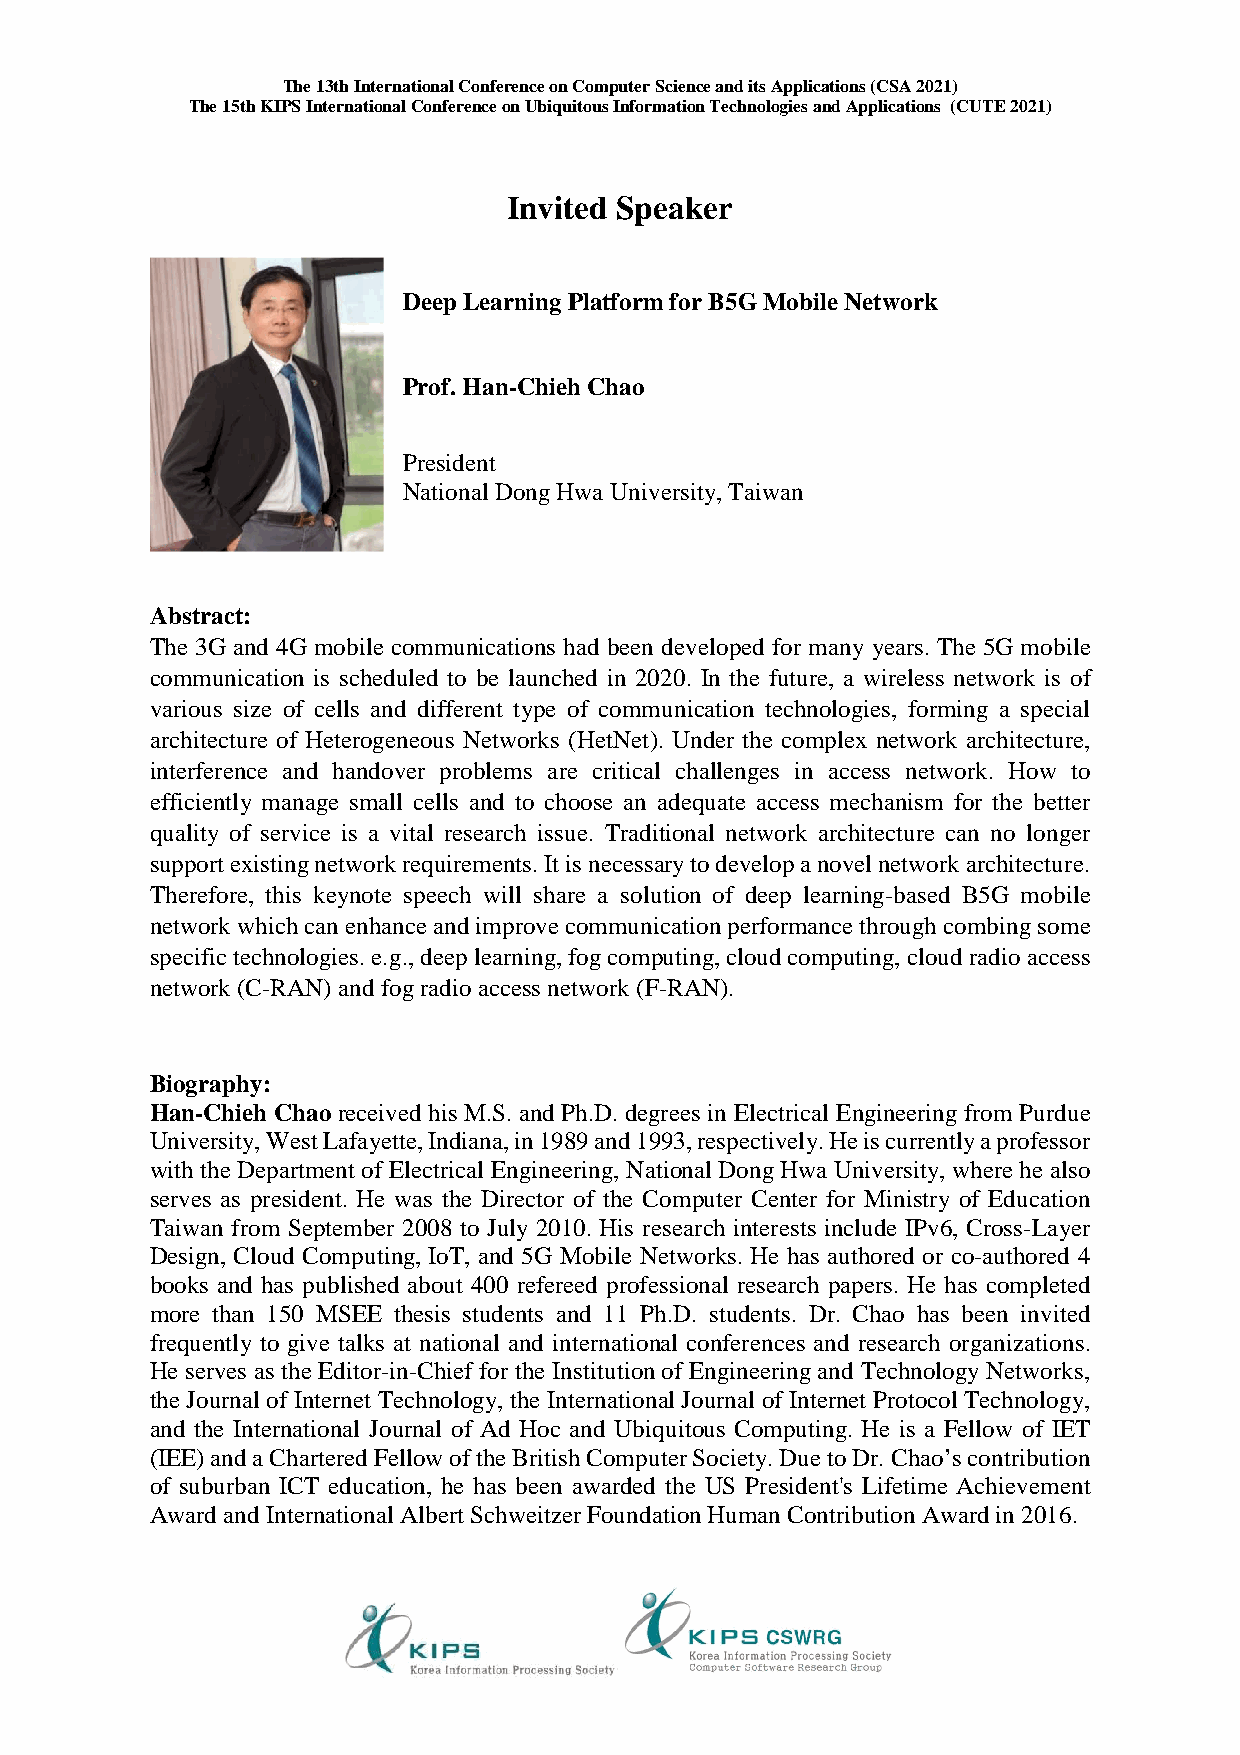
The 13th International Conference on Computer Science and its Applications (CSA 2021)
 The 15th KIPS International Conference on Ubiquitous Information Technologies and Applications (CUTE 2021)
 Invited Speaker
 Deep Learning Platform for B5G Mobile Network
 Prof. Han-Chieh Chao
 President
 National Dong Hwa University, Taiwan
 Abstract:
 The 3G and 4G mobile communications had been developed for many years. The 5G mobile
 communication is scheduled to be launched in 2020. In the future, a wireless network is of
 various size of cells and different type of communication technologies, forming a special
 architecture of Heterogeneous Networks (HetNet). Under the complex network architecture,
 interference and handover problems are critical challenges in access network. How to
 efficiently manage small cells and to choose an adequate access mechanism for the better
 quality of service is a vital research issue. Traditional network architecture can no longer
 support existing network requirements. It is necessary to develop a novel network architecture.
 Therefore, this keynote speech will share a solution of deep learning-based B5G mobile
 network which can enhance and improve communication performance through combing some
 specific technologies. e.g., deep learning, fog computing, cloud computing, cloud radio access
 network (C-RAN) and fog radio access network (F-RAN).
 Biography:
 Han-Chieh Chao received his M.S. and Ph.D. degrees in Electrical Engineering from Purdue
 University, West Lafayette, Indiana, in 1989 and 1993, respectively. He is currently a professor
 with the Department of Electrical Engineering, National Dong Hwa University, where he also
 serves as president. He was the Director of the Computer Center for Ministry of Education
 Taiwan from September 2008 to July 2010. His research interests include IPv6, Cross-Layer
 Design, Cloud Computing, IoT, and 5G Mobile Networks. He has authored or co-authored 4
 books and has published about 400 refereed professional research papers. He has completed
 more than 150 MSEE thesis students and 11 Ph.D. students. Dr. Chao has been invited
 frequently to give talks at national and international conferences and research organizations.
 He serves as the Editor-in-Chief for the Institution of Engineering and Technology Networks,
 the Journal of Internet Technology, the International Journal of Internet Protocol Technology,
 and the International Journal of Ad Hoc and Ubiquitous Computing. He is a Fellow of IET
 (IEE) and a Chartered Fellow of the British Computer Society. Due to Dr. Chao’s contribution
 of suburban ICT education, he has been awarded the US President's Lifetime Achievement
 Award and International Albert Schweitzer Foundation Human Contribution Award in 2016.